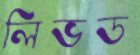
লিভড